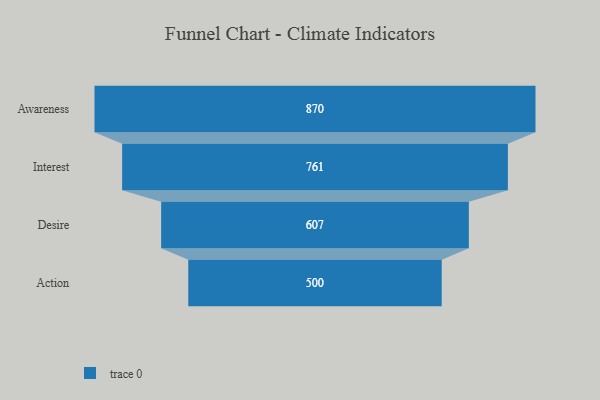
{"axis": {"x": "Stage", "y": "Value"}, "legend": [""], "data": [{"x": "Awareness", "y": 870.0, "type": ""}, {"x": "Interest", "y": 761.0, "type": ""}, {"x": "Desire", "y": 607.0, "type": ""}, {"x": "Action", "y": 500, "type": ""}]}